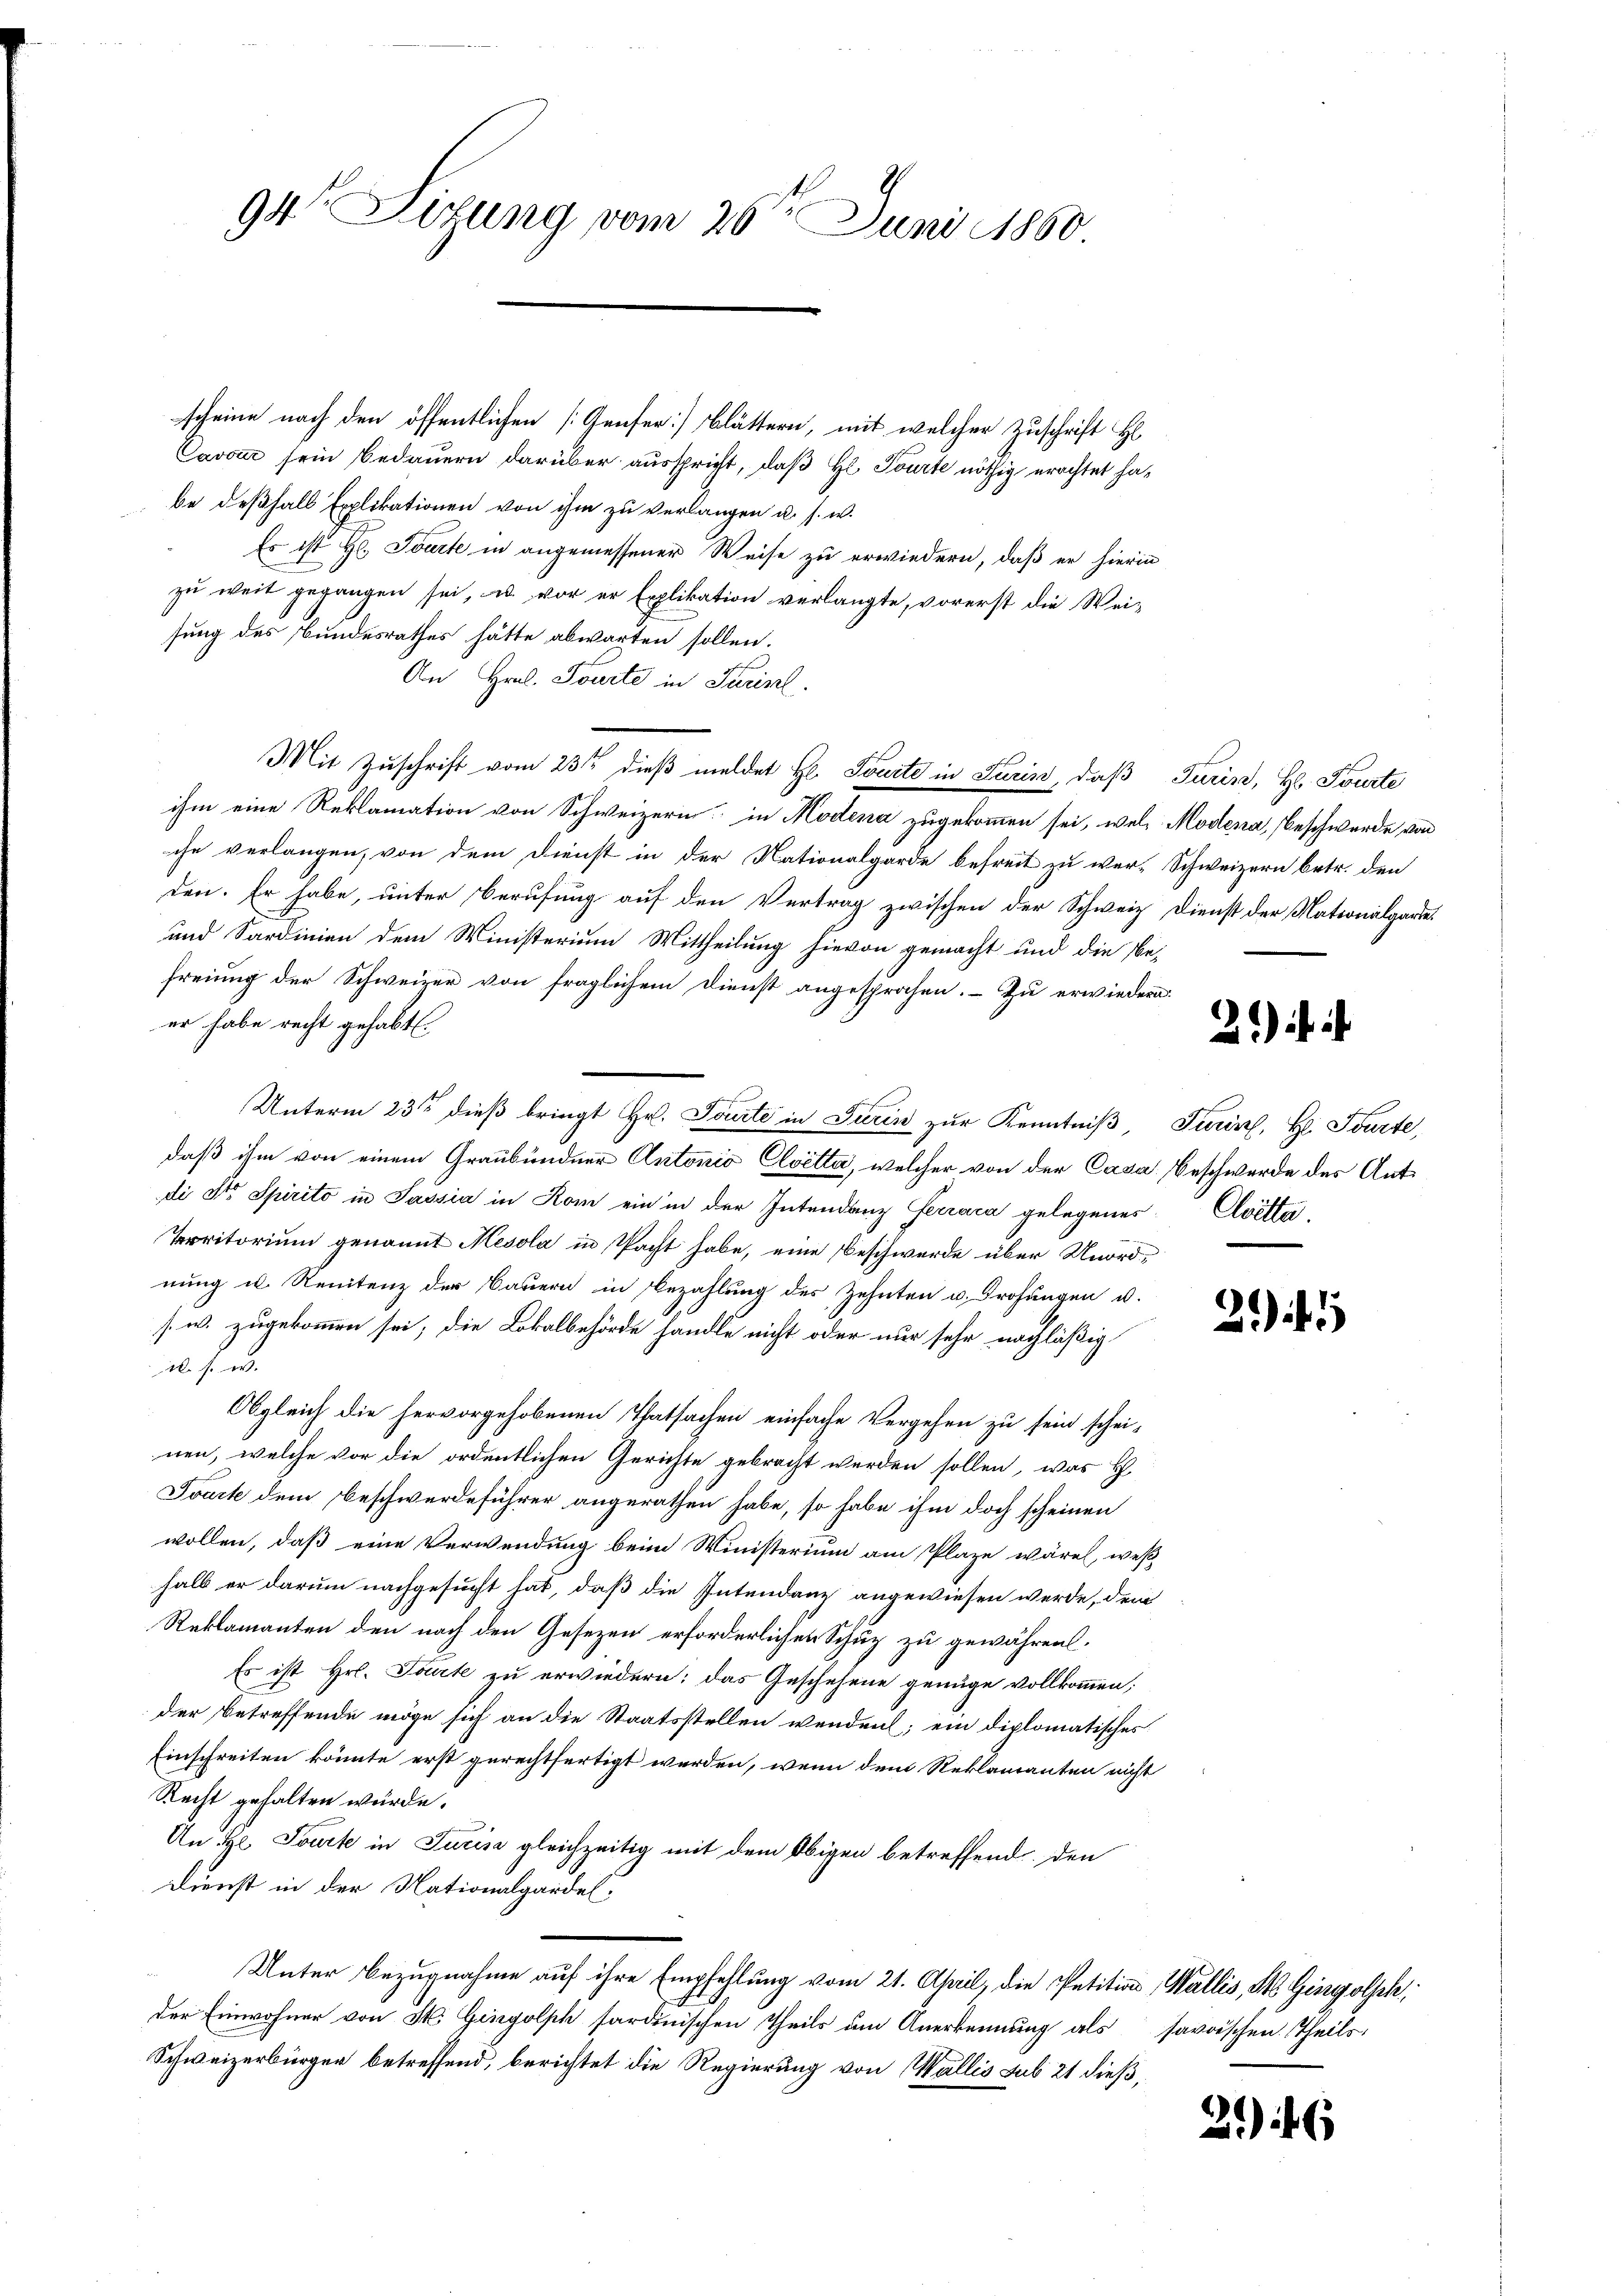
94 Lizung vom 20t Juni 1860

scheine nach den öffentlichen [Genser Blättern, mit welcher Zuschrift H
Cavoir sein Bedauern darüber ausspricht, daß Hr. Tourte nöthig erachtet habe deßhalb Explikationen von ihm zu verlangen u. s. w.
Es ist Hr. Tourte in angemessener Weise zu erwiedern, daß er hierin
zŭ weit gegangen sei, u. vor er Explikation verlangte, vorerst die Wei-
sung des Bundesrathes hätte abwarten sollen.
An Hrn. Tourte in Turinl.
Mit Zuschrift vom 23sten dieß meldet Hr. Tourte in Turin, daß Turin, H. Fourte
ihm eine Reklamation von Schweizern in Modena zugekommen sei, wele Modena, Beschwerde von
che verlangen, von dem Dienst in der Nationalgarde befreit zu wer-Schweizern betr. den
den. Er habe, unter Berufung auf den Vertrag zwischen der Schweiz. Dienst der Nationalgarte.
und Sardinien dem Ministerium Mittheilung hievon gemacht und die Be-
freiung der Schweizer von fraglichem Dienst angesprochen. Zu erwiedern.
er habe recht gehabt
.
Unterm 23ten dieß bringt Hr. Tourte in Turin zur Kenntniß, Turin, H. Tourte,
daß ihm von einem Graubündner Antonio Cloetta, welcher von der Casa, Beschwerde des Antdi St. Spirito in Sassia in Rom ein in der Intendanz Ferraca gelegenes Cloetta¬
Territorium genannt Mesola in Pacht habe, eine Beschwerde über Unordnung u. Renitenz der Bauern in Bezahlung des Zehnten u. Drohungen u.
s. w. zugekommen sei; die Lokalbehörde handle nicht oder nur sehr nachläßig
al se
Obgleich die hervorgehobenen Thatsachen einfache Vergehen zu sein schei-
nen, welche vor die ordentlichen Gerichte gebracht werden sollen, was E
Tract dem Beschwerdeführer angerathen habe, so habe ihm doch scheinen
wollen, daß eine Verwendung beim Winisterium am Plaze wären, weß
halb er darum nachgesucht hat, daß die Intendanz angewiesen werde, dem
Reklamanten den nach den Gesezen erforderlichen Schuz zu gewähren.
Es ist Hr. Torte zu erwiedern: das Geschehene genüge vollkommen,
der betreffende möge sich an die Staatsstellen wenden; ein diplomatisches
Einschreiten könnte erst gerechtfertigt werden, wenn dem Reklamanten nicht
Recht gehalten würde.
An Hl. Tourt in Jurise gleichzeitig mit dem Obigen betreffend den
Dienst in der Nationalgardel.
Unter Bezugnahme auf ihre Empfehlung vom 21. April, die Petition, Wallis, St. Gingolsch
der Einwohner von St. Gingolph sardinischen Theils um Anerkennung als savoischen Theils-
Schweizerbürger betreffend, berichtet die Regierung von Wallis sub 21 dieß,

2)

21

2.)